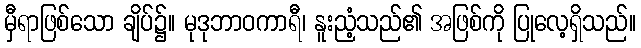
မှီရာဖြစ်သော ချိပ်၌။ မုဒုဘာဝကာရီ၊ နူးညံ့သည်၏ အဖြစ်ကို ပြုလေ့ရှိသည်။